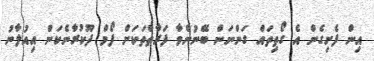
އިން ފެށިގެން އެ ގޯތިތައް ގަންނަން ބޭނުންވާ ފަރާތްތަކަށް ފޯމް ދޫކުރާނެކަން އިއުލާނު